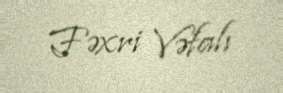
Fəxri Vəfalı